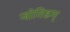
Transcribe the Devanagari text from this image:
जोतिडम्